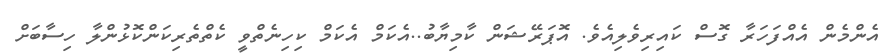
އެންމެން އެއްފަހަރާ ގޮސް ކައިރިވެލިއެވެ. އޮޕަރޭޝަން ކާމިޔާބު..އެކަމް އެކަމް ކިހިނެތްވީ ކެތްތެރިކަންކޮޅުންލާ ހިސާބަށް